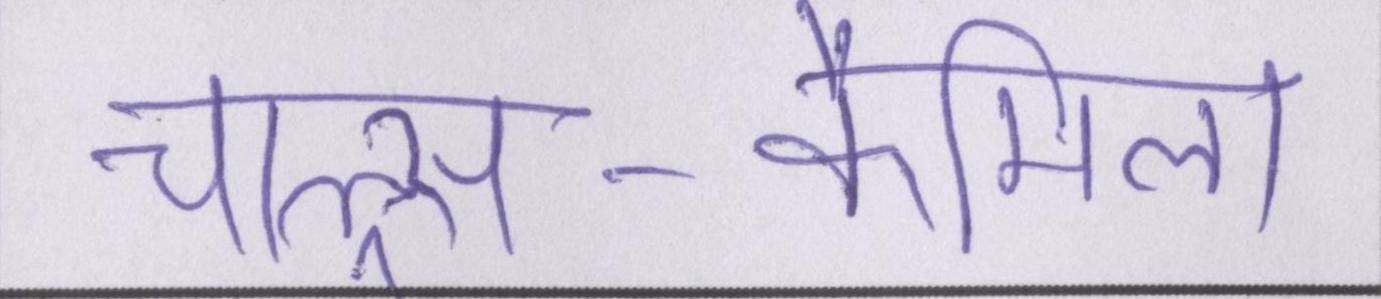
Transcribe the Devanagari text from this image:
चाल्र्स-कैमिला